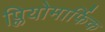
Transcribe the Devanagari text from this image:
प्लियोमार्फिक